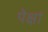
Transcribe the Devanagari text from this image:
पेक्षां